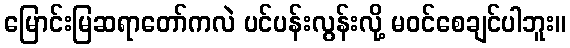
မြောင်းမြဆရာတော်ကလဲ ပင်ပန်းလွန်းလို့ မဝင်စေချင်ပါဘူး။